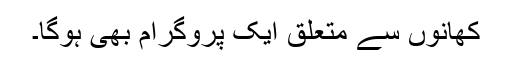
کھانوں سے متعلق ایک پروگرام بھی ہوگا۔